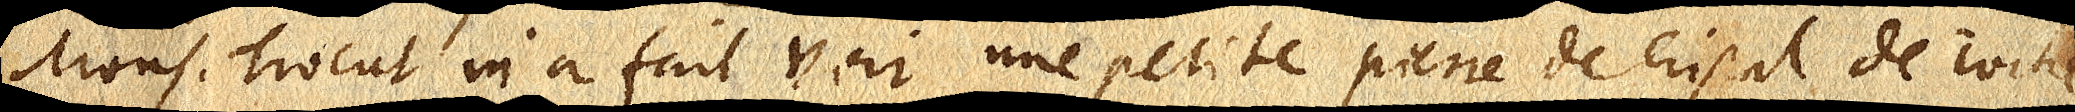
Mons. Trocut m’a fait voir une petite pierre de cristal de roche